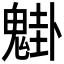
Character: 𩳴